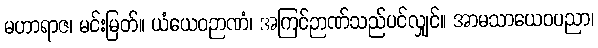
မဟာရာဇ၊ မင်းမြတ်။ ယံယေဝဉာဏံ၊ အကြင်ဉာဏ်သည်ပင်လျှင်။ အာမသာယေဝပညာ၊